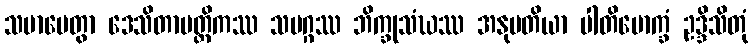
သမာပေတွာ ဒေသိတာပတ္တိကဿ သမဂ္ဂဿ ဘိက္ခုသံဃဿ အနုမတိယာ ပါတိမောက္ခံ ဥဒ္ဒိသိတုံ